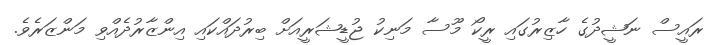
ރައީސް ނަޝީދުގެ ހާޒިރުގައި ރީކޯ މޫސާ މަނިކު ޖުޑީޝަރީއަށް ބިރުދައްކައި އިންޒާރުދެއްވި މަންޒަރެވެ.